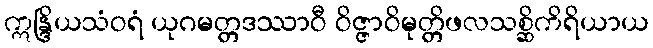
ဣန္ဒြိယသံဝရံ ယုဂမတ္တဒဿာဝီ ဝိဇ္ဇာဝိမုတ္တိဖလသစ္ဆိကိရိယာယ